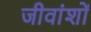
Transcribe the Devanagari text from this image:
जीवांशों